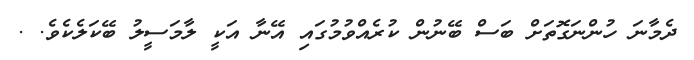
ދެމާނަ ހުންނަގޮތަށް ބަސް ބޭނުން ކުރެއްވުމުގައި އޭނާ އަކީ ލާމަސީލު ބޭކަލެކެވެ. .